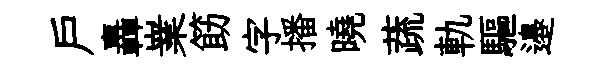
戶轟嶪筯字播曉蔬軌驅邉